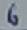
Text: 6